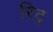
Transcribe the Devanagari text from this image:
रिट्र